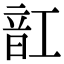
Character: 䪦